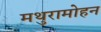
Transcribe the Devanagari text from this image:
मथुरामोहन